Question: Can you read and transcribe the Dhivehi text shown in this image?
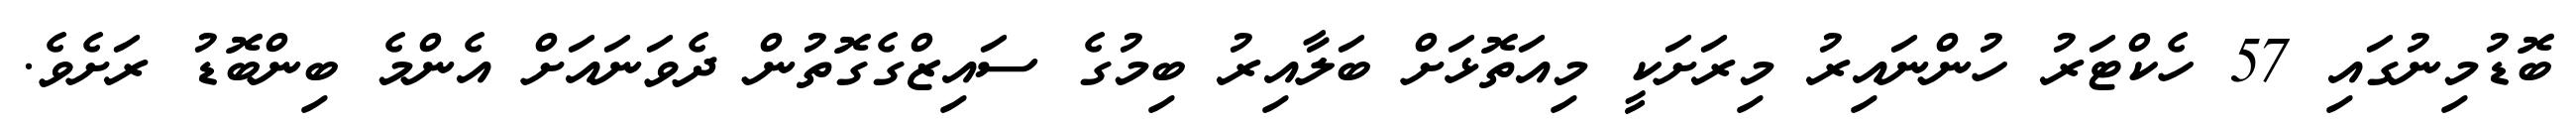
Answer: ބޮޑުމިނުގައި 57 ހެކްޓަރު ހުންނައިރު މިރަށަކީ މިއަތޮޅަށް ބަލާއިރު ބިމުގެ ސައިޒްގެގޮތުން ދެވަނައަށް އެންމެ ބިންބޮޑު ރަށެވެ.